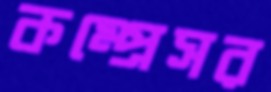
কম্প্রেসর